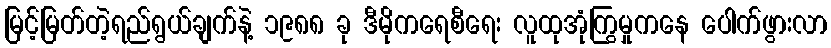
မြင့်မြတ်တဲ့ရည်ရွယ်ချက်နဲ့ ၁၉၈၈ ခု ဒီမိုကရေစီရေး လူထုအုံကြွမှုကနေ ပေါက်ဖွားလာ